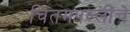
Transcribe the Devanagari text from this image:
चितमपल्लींचे